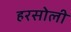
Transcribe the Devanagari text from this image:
हरसोली